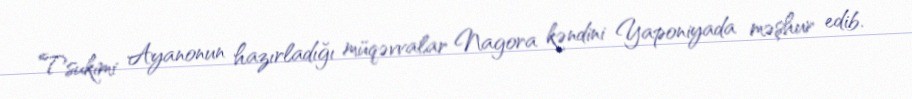
Tsukimi Ayanonun hazırladığı müqəvvalar Nagora kəndini Yaponiyada məşhur edib.